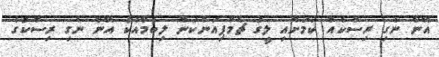
އޭނާ ނެގި ރިސްކެއް ކަމަށާއި ލީގު ޗެމްޕިއަންކަން ލިބުމާއެކު އޭނާ ނެގި ރިސްކުގެ